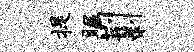
提瞩荆剥